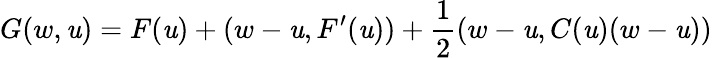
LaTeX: G(w,\mathit{u})=F(\mathit{u})+(w-\mathit{u},F^{\prime}(\mathit{u}))+\frac{{1}}{{2}}(w-\mathit{u},C(\mathit{u})(w-\mathit{u}))